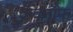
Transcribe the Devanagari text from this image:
कॅवनॉफ